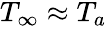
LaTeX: \begin{array}{r}{T_{\infty}\approx T_{a}}\end{array}